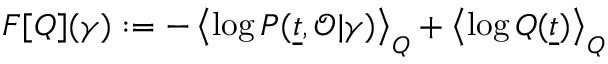
F [ Q ] ( \gamma ) : = - \left\langle \log P ( \underline { { t } } , \mathcal { O } | \gamma ) \right\rangle _ { Q } + \left\langle \log Q ( \underline { { t } } ) \right\rangle _ { Q }